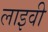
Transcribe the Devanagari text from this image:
लाइवी